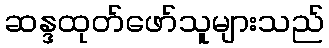
ဆန္ဒထုတ်ဖော်သူများသည်